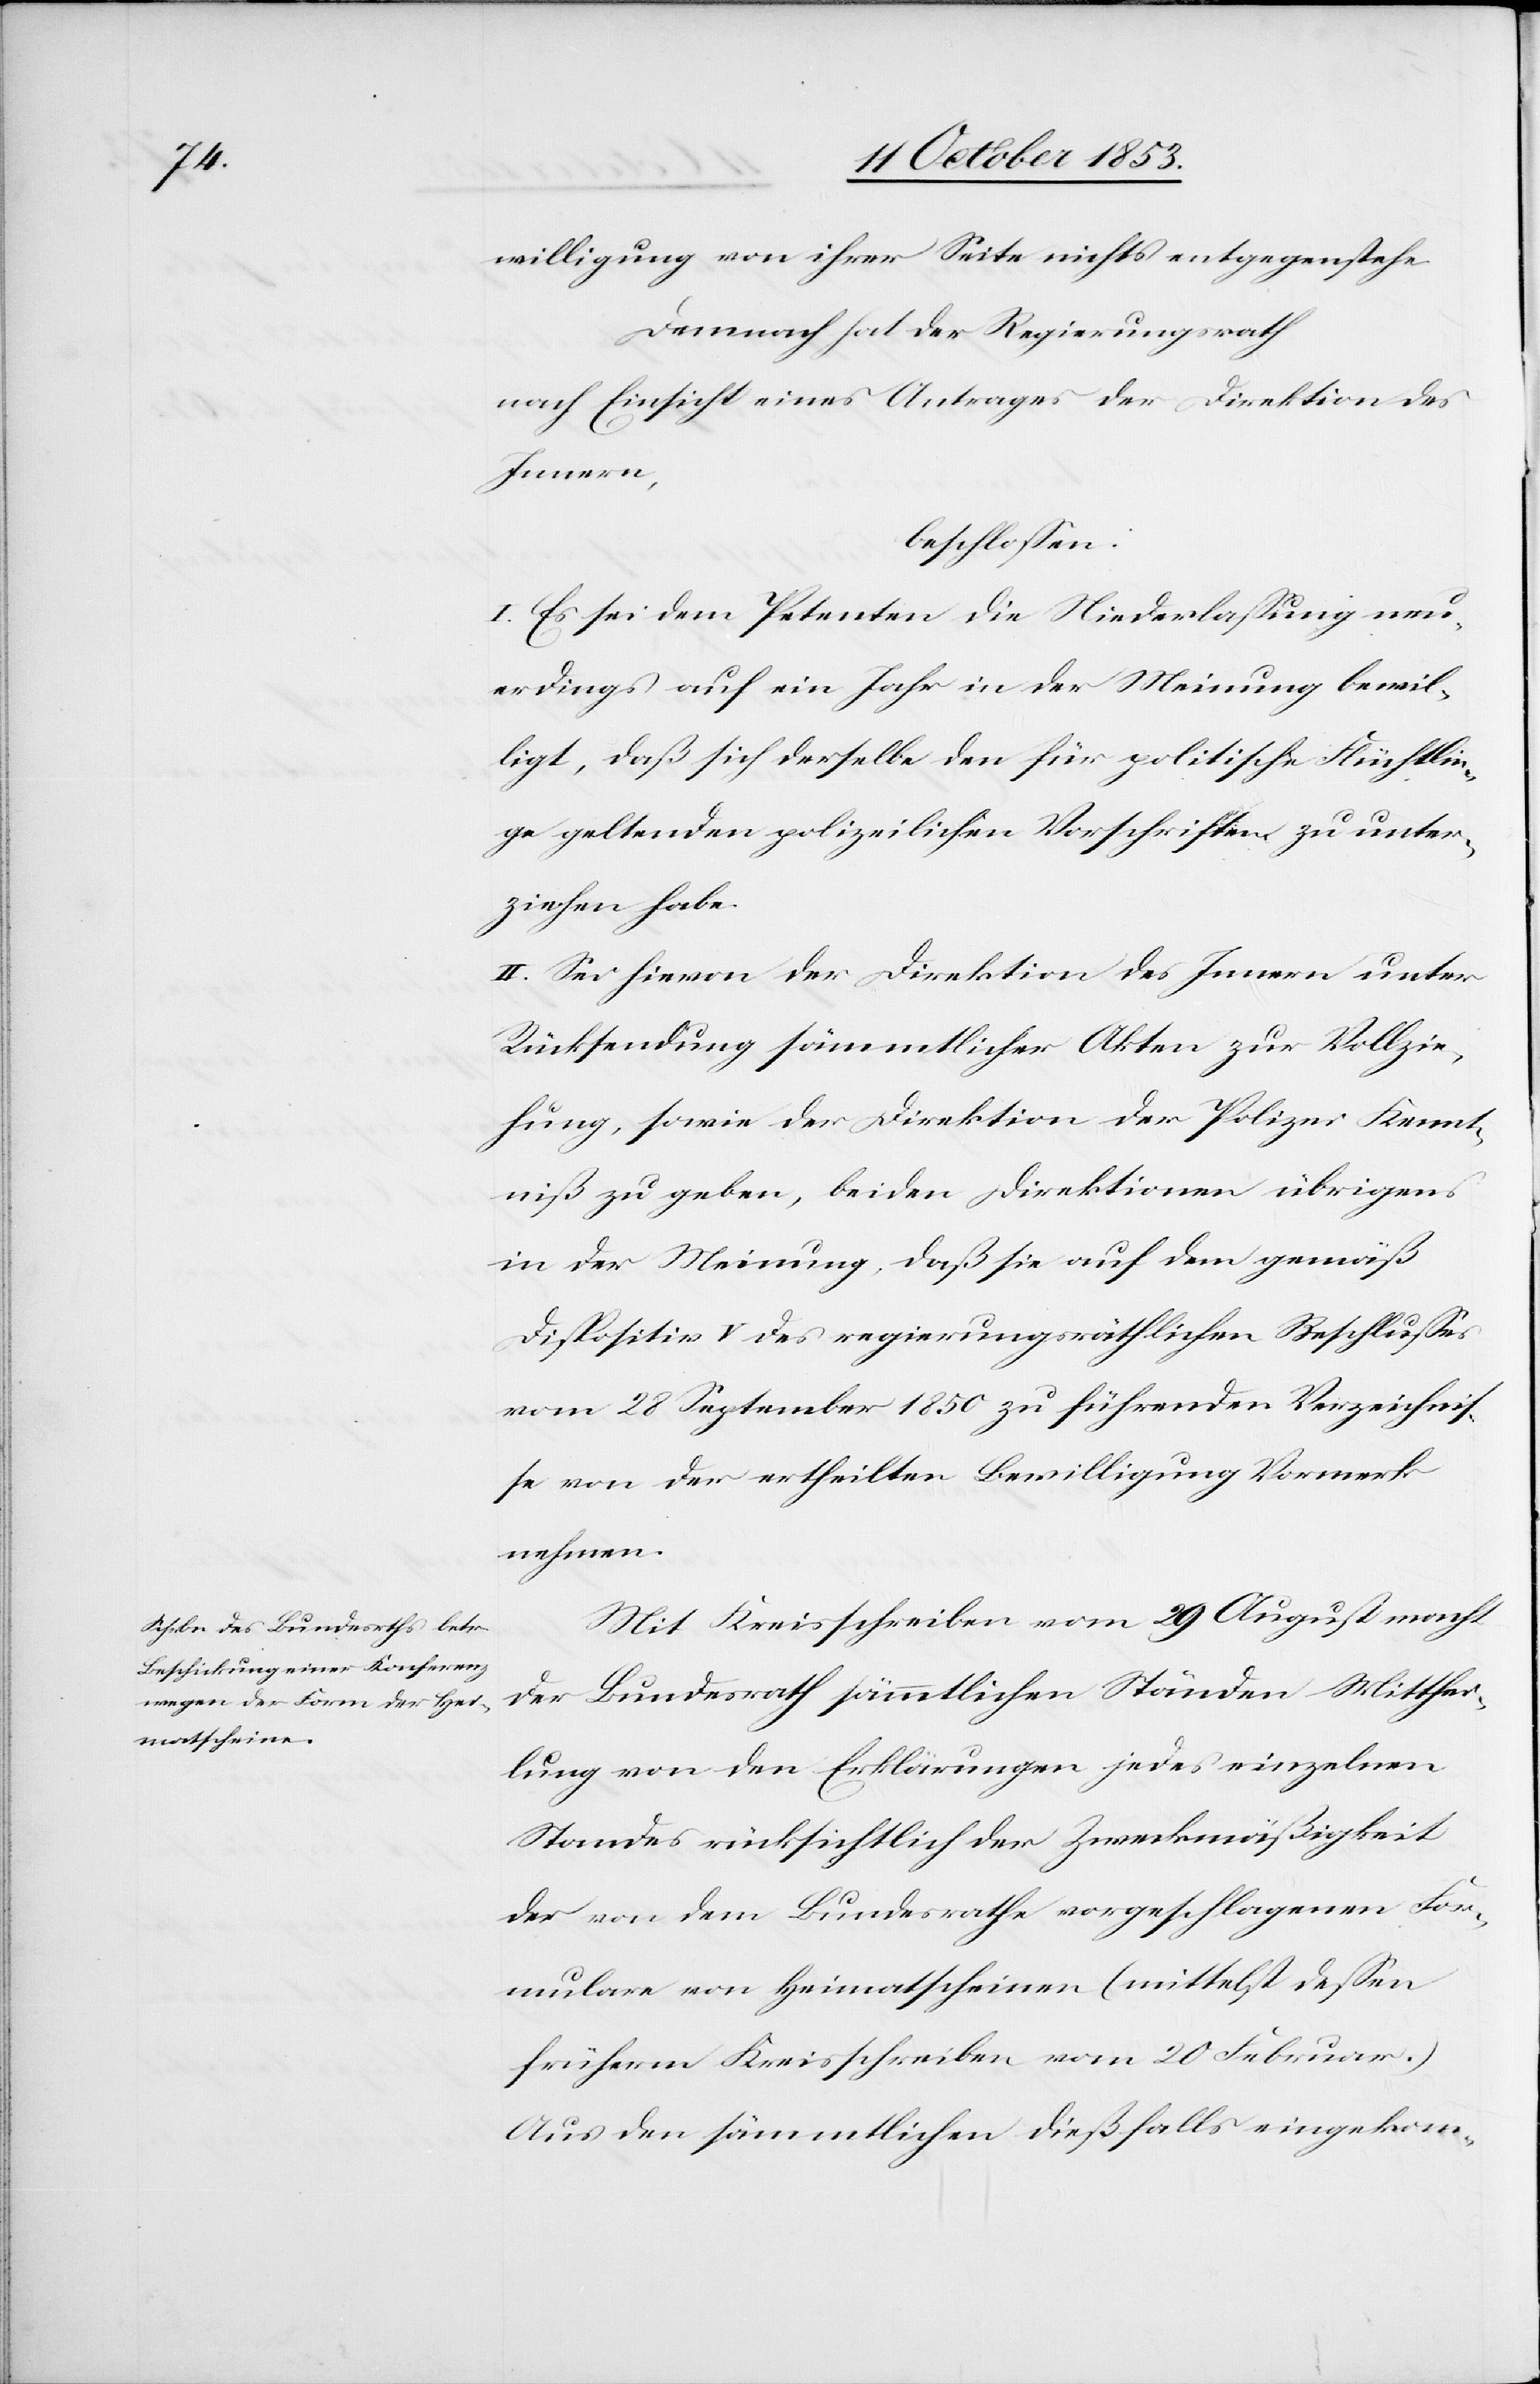
willigung von ihrer Seite nichts entgegenstehe
Demnach hat der Regierungsrath
nach Einsicht eines Antrages der Direktion des
Innern,
beschloßen:
I. Es sei dem Petenten die Niederlaßung neu¬
erdings auf ein Jahr in der Meinung bewil¬
ligt, daß sich derselbe den für politische Flüchtlin¬
ge geltenden polizeilichen Vorschriften zu unter¬
ziehen habe.
II. Sei hievon der Direktion des Innern unter
Rücksendung sämmtlicher Akten zur Vollzie¬
hung, sowie der Direktion der Polizei Kennt¬
niß zu geben, bei den Direktionen übrigens
in der Meinung, daß sie auf dem gemäß
Dispositiv V des regierungsräthlichen Beschlußes
vom 28 September 1850 zu führenden Verzeichnis¬
se von der ertheilten Bewilligung Vormerk
nehmen.
Mit Kreisschreiben vom 29 August macht
der Bundesrath sämmtlichen Ständen Mitthei¬
lung von den Erklärungen jedes einzelnen
Standes rücksichtlich der Zweckmäßigkeit
der von dem Bundesrathe vorgeschlagenen For¬
mulare von Heimatscheinen (mittelst deßen
frühern Kreisschreiben vom 20 Februar)
Aus den sämmtlichen dießfalls eingekom-